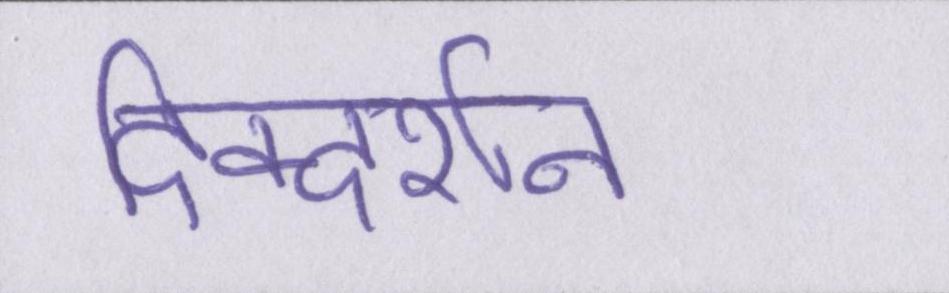
दिक्दर्शन